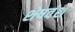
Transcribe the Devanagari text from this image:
शेषवंश